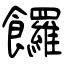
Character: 饠